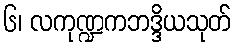
၆၊ လကုဏ္ဍကဘဒ္ဒိယသုတ်